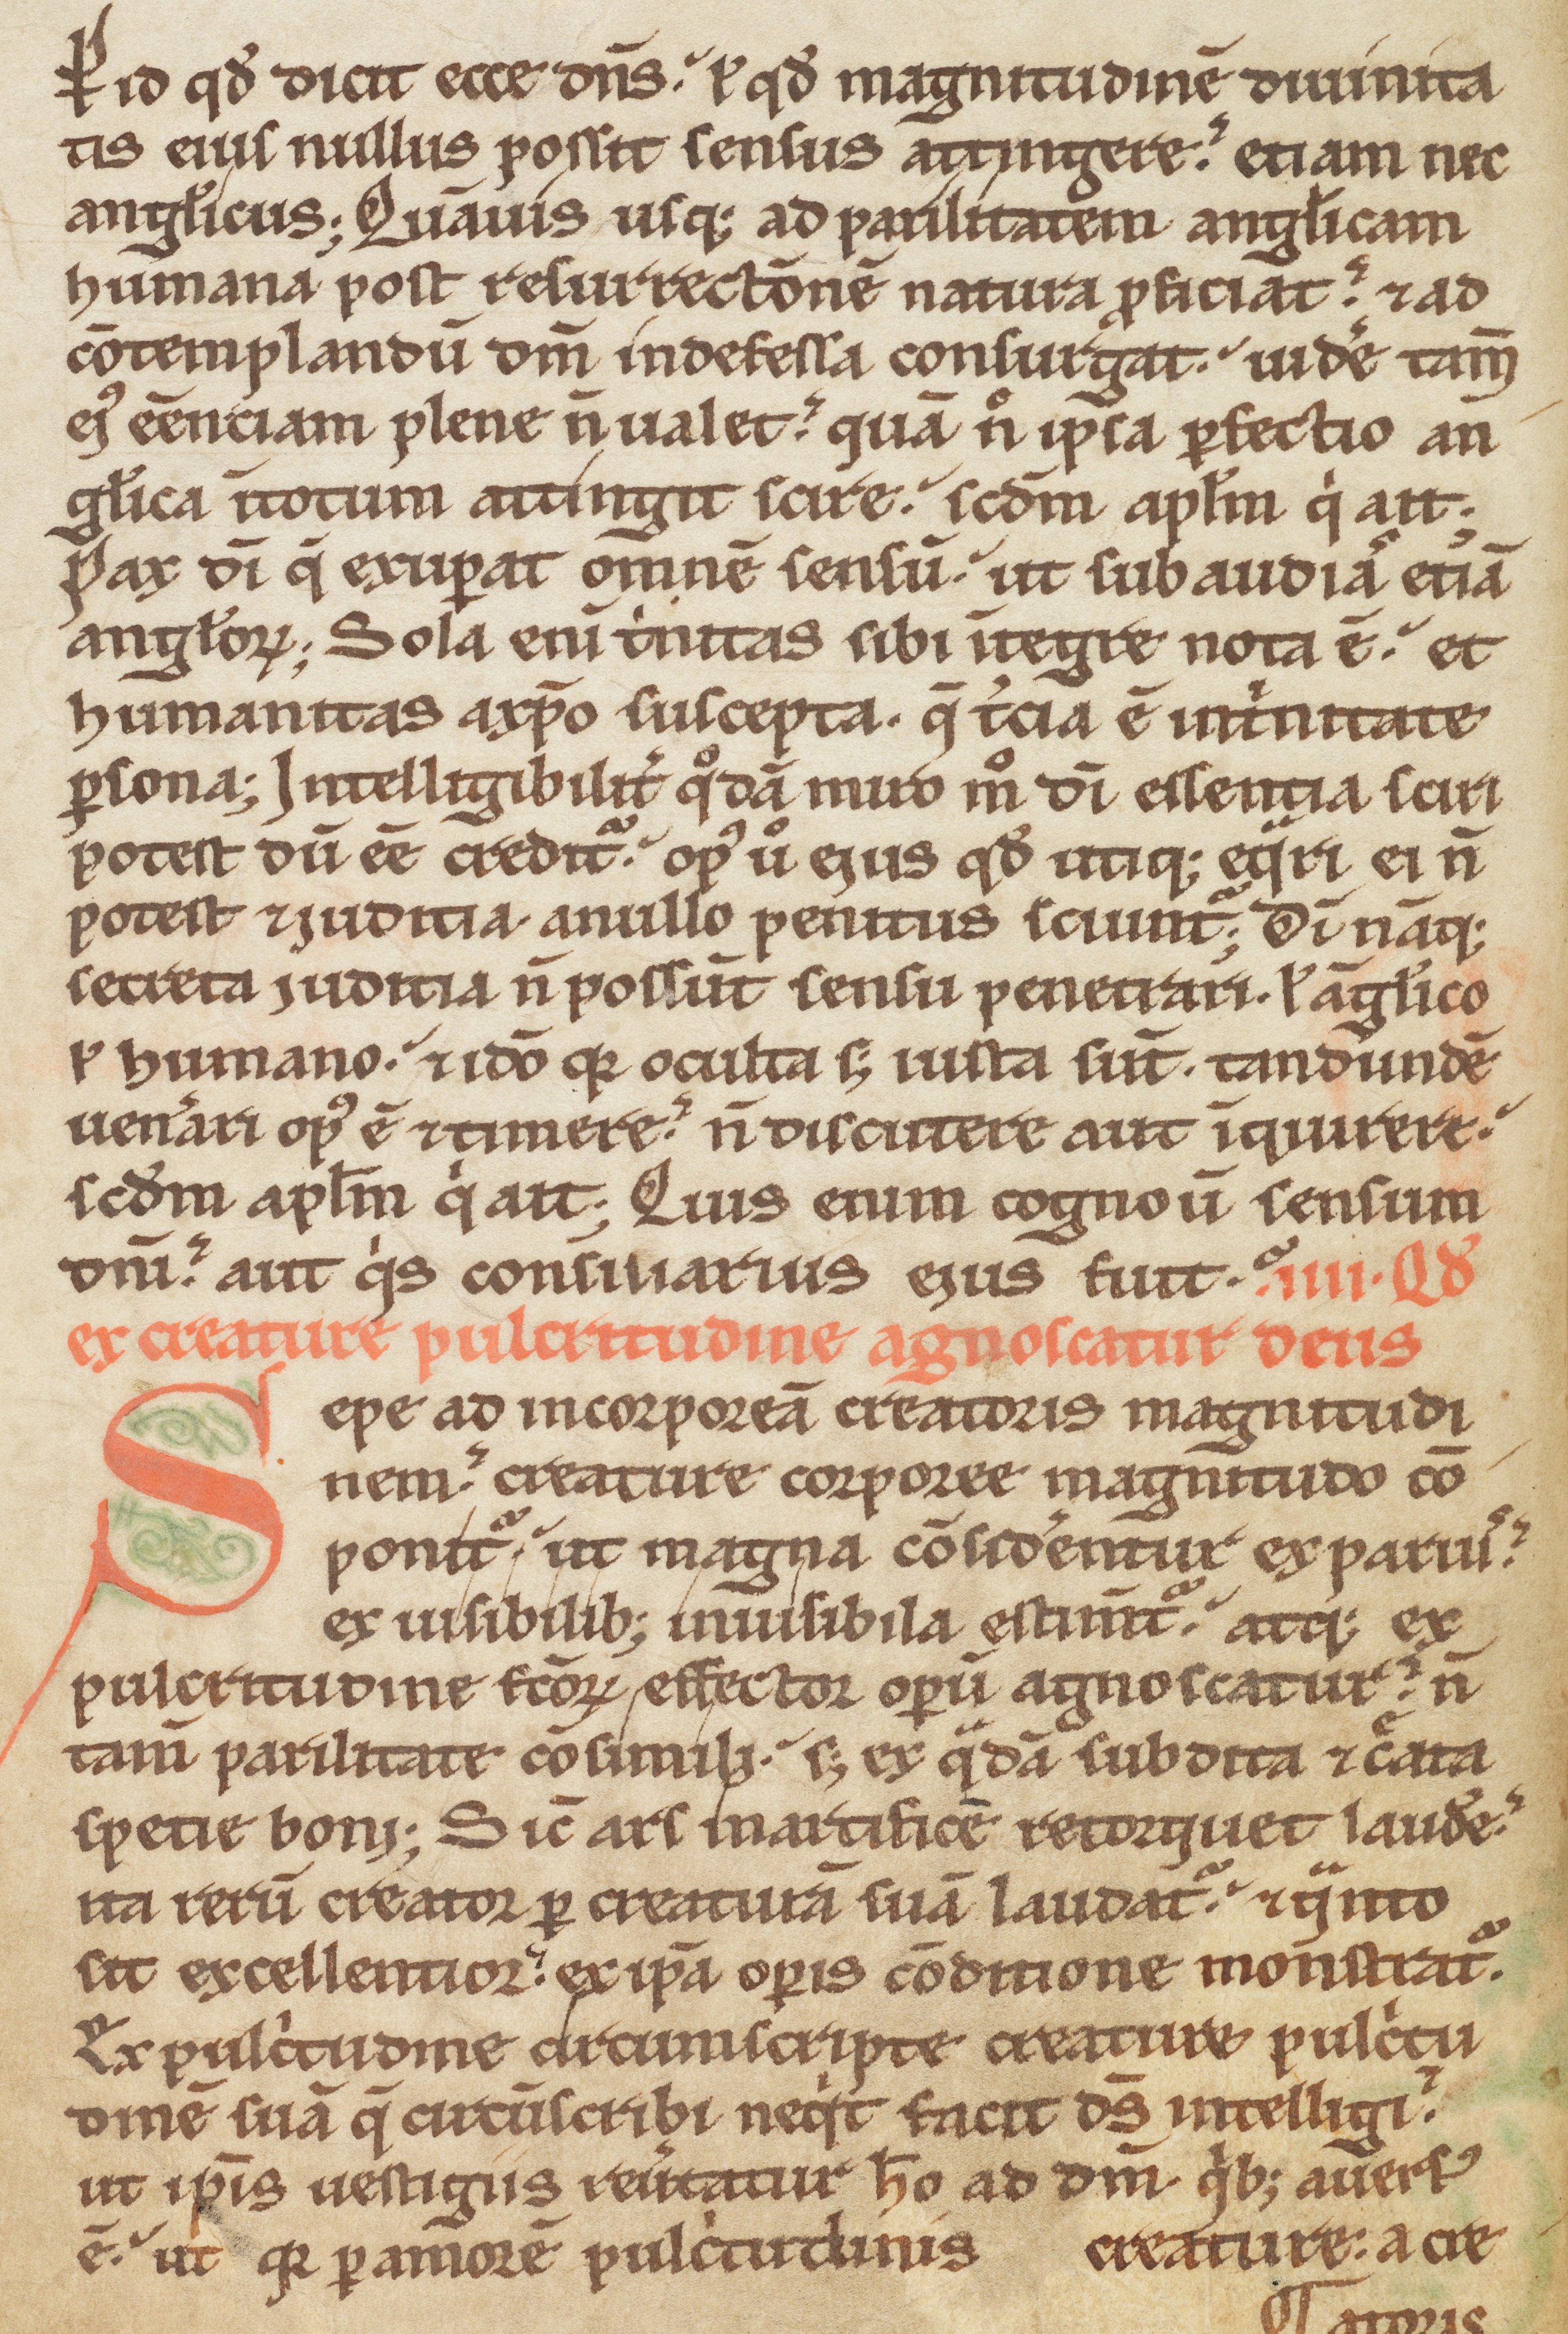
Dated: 1170–1199